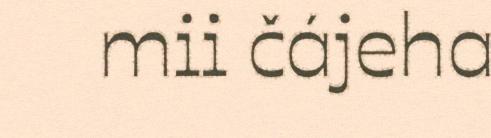
mii čájeha